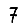
Digit: 7